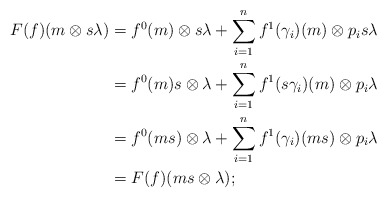
\begin{align*}F(f)(m \otimes s \lambda) &= f^0(m)\otimes s \lambda + \sum_{i=1}^{n}f^1(\gamma _{i})(m) \otimes p_i s \lambda\\ &= f^0(m)s \otimes \lambda + \sum_{i=1}^{n} f^1(s\gamma_i)(m) \otimes p_i \lambda\\ &= f^0(ms) \otimes \lambda + \sum_{i=1}^{n} f^1(\gamma_i)(ms) \otimes p_i \lambda\\ &= F(f)(ms \otimes \lambda);\end{align*}